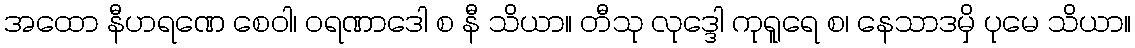
အထော နီဟရဏေ စေဝါ၊ ဝရဏာဒေါ စ နီ သိယာ။ တီသု လုဒ္ဒေါ ကုရူရေ စ၊ နေသာဒမှိ ပုမေ သိယာ။